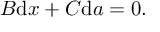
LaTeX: B { \mathrm { d } } x + C { \mathrm { d } } a = 0 .